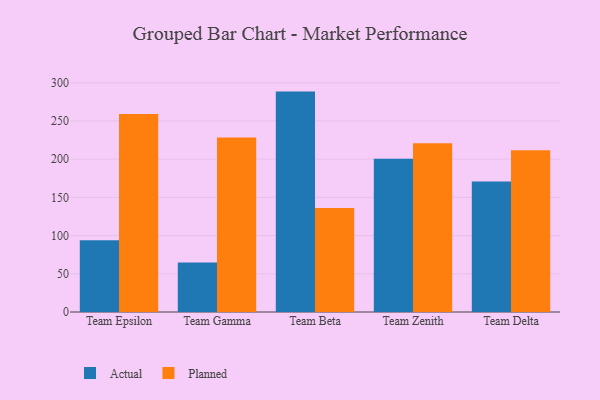
{"axis": {"x": "Team", "y": "Waste Production (Tons)"}, "legend": ["Actual", "Planned"], "data": [{"x": "Team Epsilon", "y": 93.9, "type": "Actual"}, {"x": "Team Epsilon", "y": 259.1, "type": "Planned"}, {"x": "Team Gamma", "y": 64.7, "type": "Actual"}, {"x": "Team Gamma", "y": 228.2, "type": "Planned"}, {"x": "Team Beta", "y": 288.4, "type": "Actual"}, {"x": "Team Beta", "y": 136.1, "type": "Planned"}, {"x": "Team Zenith", "y": 200.4, "type": "Actual"}, {"x": "Team Zenith", "y": 220.8, "type": "Planned"}, {"x": "Team Delta", "y": 170.7, "type": "Actual"}, {"x": "Team Delta", "y": 211.7, "type": "Planned"}]}